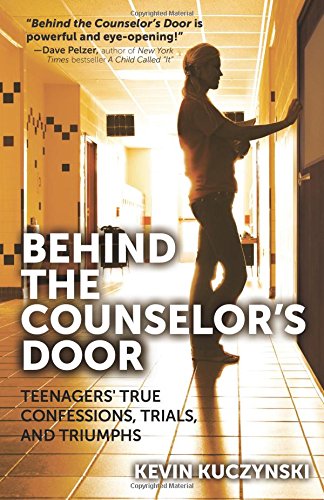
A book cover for Behind the Counselor's Door: Teenagers' True Confessions, Trials, and Triumphs; Kevin Kuzcynski; Teen & Young Adult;